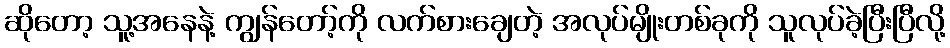
ဆိုတော့ သူ့အနေနဲ့ ကျွန်တော့်ကို လက်စားချေတဲ့ အလုပ်မျိုးတစ်ခုကို သူလုပ်ခဲ့ပြီးပြီလို့